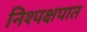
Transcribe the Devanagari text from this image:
निश्पक्षपात